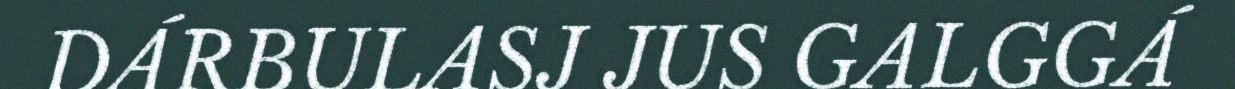
DÁRBULASJ JUS GALGGÁ